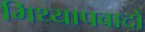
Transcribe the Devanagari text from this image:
मिथ्‍यापवादों